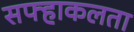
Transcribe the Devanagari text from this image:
सफ्हाकलता